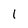
Character: l